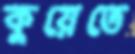
কুয়েতে